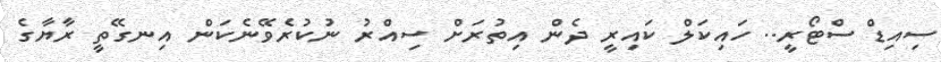
ސިއިޑް ސްޓޯރީ.. ހައިކަލް ކައިރީ ދެން އިތުރަށް ސިއްރު ނުކުރެވޭނެކަން އިނގޭތީ ރާޔާގެ